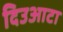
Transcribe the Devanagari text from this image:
दिउआटा